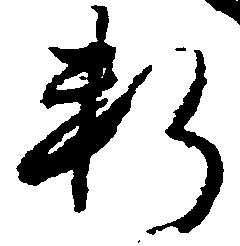
料